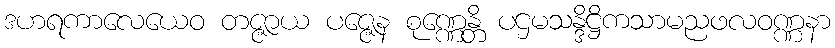
ဒဟရကာလေယေဝ တဇ္ဇာယ ပဇ္ဇေန စုဏ္ဏေန္တိ ပဌမသန္ဒိဋ္ဌိကသာမညဖလဝဏ္ဏနာ